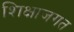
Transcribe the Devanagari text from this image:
शिक्षाजगत